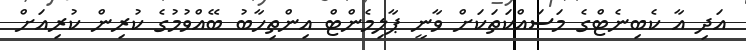
އަދި އާ ކެބިނެޓްގެ މަސައްކަތަކަށް ވާނީ ޕާލިމެންޓް އިންތިހާބު ބޭއްވުމުގެ ކުރިން ކުރިއަށް